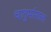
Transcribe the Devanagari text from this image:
चातुर्मासाला